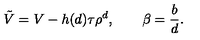
{ \tilde { V } } = V - h ( d ) \tau \rho ^ { d } , \qquad \beta = \frac { b } { d } .